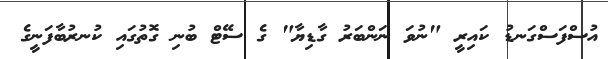
އުސްފަސްގަނޑު ކައިރީ "ނުވަ ނަންބަރު ގާޑިޔާ" ގެ ސޭޓް ބުނި ގޮތުގައި ކުނރުބާފަނީގެ